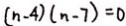
( n - 4 ) ( n - 7 ) = 0